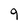
Character: 9